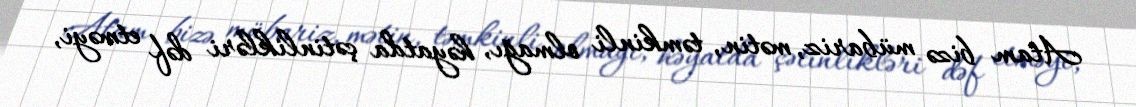
Atam bizə mübariz, mətin, təmkinli olmağı, həyatda çətinlikləri dəf etməyi,